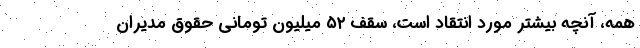
همه، آنچه بیشتر مورد انتقاد است، سقف ۵۲ میلیون تومانی حقوق مدیران